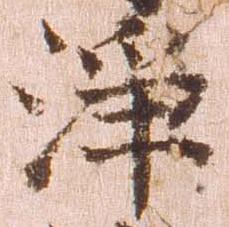
浄